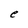
Character: e